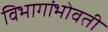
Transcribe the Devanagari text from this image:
विभागांभोवती